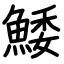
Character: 鯘